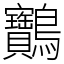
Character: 䴐